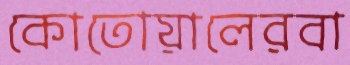
কোতোয়ালেরবা